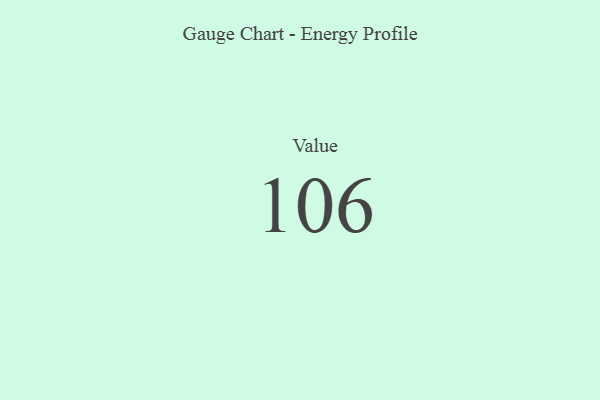
{"axis": {"x": "Metric", "y": "Value"}, "legend": [""], "data": [{"x": "Value", "y": 106, "type": ""}]}